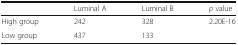
<table><thead><tr><td></td><td><b>Luminal A</b></td><td><b>Luminal B</b></td><td><b><i>p</i> value</b></td></tr></thead><tbody><tr><td>High group</td><td>242</td><td>328</td><td rowspan="2">2.20E-16</td></tr><tr><td>Low group</td><td>437</td><td>133</td></tr></tbody></table>